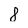
Character: 8